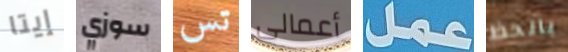
إيتا سوزي تس أعمالى عمل بالحظ